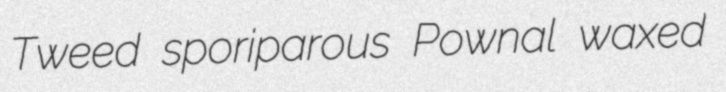
Tweed sporiparous Pownal waxed